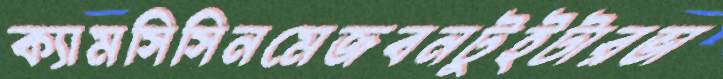
ক্যামসিসিনমেজবনটুইটারভা